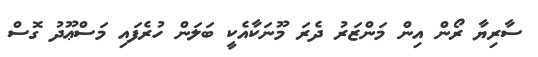
ސާރިޔާ ރޯން އިން މަންޒަރު ދެރަ މޫނަކާއެކީ ބަލަން ހުރެފައި މަސްޢޫދު ގޮސް